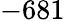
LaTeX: -681